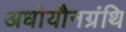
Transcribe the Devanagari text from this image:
अधोयौनग्रंथि